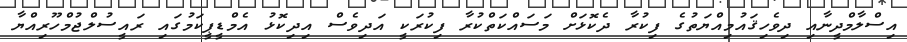
އިސްލާމްދީނާއި ދިވެހިޤައުމިއްޔަތުގެ ފިކުރާ ދެކޮޅަށް މަސައްކަތްކުރާ ފިކުރަކީ އަދިވެސް އިދިކޮޅު އެމްޑީޕީކަމުގައި ރައީސުލްޖުމްހޫރިއްޔާ